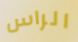
الراس